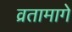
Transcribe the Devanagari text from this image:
व्रतामागे